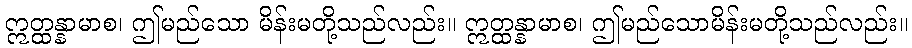
ဣတ္ထန္နာမာစ၊ ဤမည်သော မိန်းမတို့သည်လည်း။ ဣတ္ထန္နာမာစ၊ ဤမည်သောမိန်းမတို့သည်လည်း။